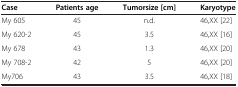
| Case | Patients age | Tumorsize [cm] | Karyotype |
 | --- | --- | --- | --- |
 | My 605 | 45 | n.d. | 46,XX [22] |
 | My 620-2 | 45 | 3.5 | 46,XX [16] |
 | My 678 | 43 | 1.3 | 46,XX [20] |
 | My 708-2 | 42 | 5 | 46,XX [20] |
 | My706 | 43 | 3.5 | 46,XX [18] |